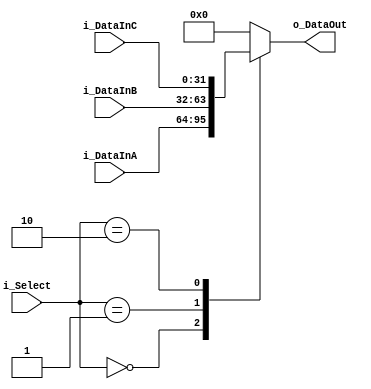
module mux3 (
    input    wire  [31:0]  i_DataInA  ,
    input    wire  [31:0]  i_DataInB  ,
    input    wire  [31:0]  i_DataInC  ,
    input    wire  [1:0]   i_Select   ,
    output   reg   [31:0]  o_DataOut 
    );

always @(*) 
    begin
        case (i_Select)
        2'b00:
            begin
                o_DataOut = i_DataInA ;
            end
        2'b01:
            begin
                o_DataOut = i_DataInB ;
            end
        2'b10:
            begin
                o_DataOut = i_DataInC ;
            end
        default:
            begin
                o_DataOut = 32'b0 ;
            end
        endcase
    end
    
endmodule